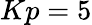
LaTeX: Kp=5